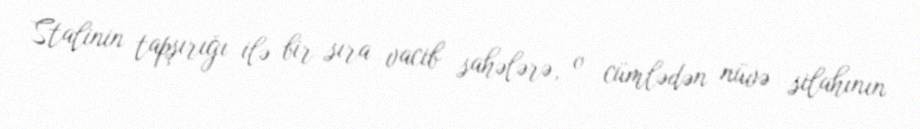
Stalinin tapşırığı ilə bir sıra vacib sahələrə, o cümlədən nüvə silahının